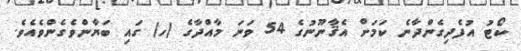
ކޯޓު އުފެދިގެންދާނެ ކަމަށް އެޤާނޫނުގެ 54 ވަނަ މާއްދާގެ (ހ) ގައި ބަޔާންވެގެންވެއެވެ.